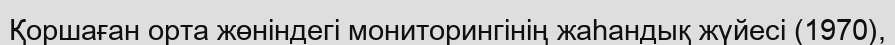
Қоршаған орта жөніндегі мониторингінің жаһандық жүйесі (1970),